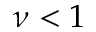
\nu < 1